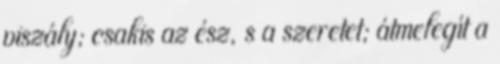
viszály; csakis az ész, s a szeretet; átmelegít a